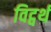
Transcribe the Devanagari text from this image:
विट्वर्थ